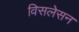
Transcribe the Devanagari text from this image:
विसलेसन